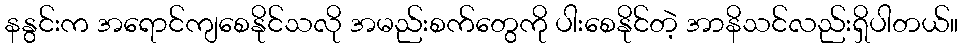
နနွင်းက အရောင်ကျစေနိုင်သလို အမည်းစက်တွေကို ပါးစေနိုင်တဲ့ အာနိသင်လည်းရှိပါတယ်။